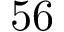
5 6